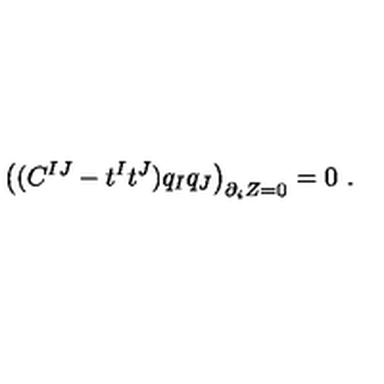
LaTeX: \left( ( C ^ { I J } - t ^ { I } t ^ { J } ) q _ { I } q _ { J } \right) _ { \partial _ { i } Z = 0 } = 0 \ .